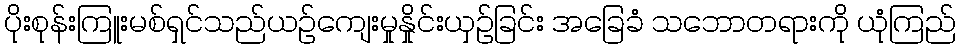
ပိုးစုန်းကြူးမစ်ရှင်သည်ယဉ်ကျေးမှုနှိုင်းယှဉ်ခြင်း အခြေခံ သဘောတရားကို ယုံကြည်